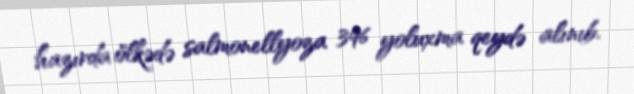
hazırda ölkədə salmonellyoza 396 yoluxma qeydə alınıb.